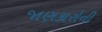
જાણકારોની